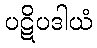
ပဋိပဒါယံ